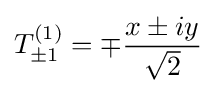
T_{\pm 1}^{(1)}=\mp {\frac {x\pm iy}{\sqrt {2}}}